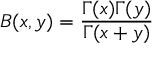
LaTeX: B ( x , y ) = { \frac { \Gamma ( x ) \Gamma ( y ) } { \Gamma ( x + y ) } }